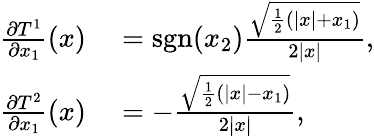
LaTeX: \begin{array}{rl}{\frac{\partial T^{1}}{\partial x_{1}}(x)}&{{}=\textrm{sgn}(x_{2})\frac{\sqrt{\frac{1}{2}\left(|x|+x_{1}\right)}}{2|x|},}\\ {\frac{\partial T^{2}}{\partial x_{1}}(x)}&{{}=-\frac{\sqrt{\frac{1}{2}\left(|x|-x_{1}\right)}}{2|x|},}\end{array}